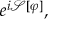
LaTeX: e ^ { i { \mathcal { S } } [ \varphi ] } ,